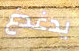
يدغدغ